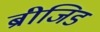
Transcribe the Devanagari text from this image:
ब्रीजिड